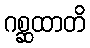
ဂစ္ဆထာတိ